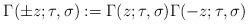
LaTeX: \begin{align*}\Gamma(\pm z; \tau, \sigma) := \Gamma(z; \tau, \sigma) \Gamma(-z; \tau, \sigma)\end{align*}